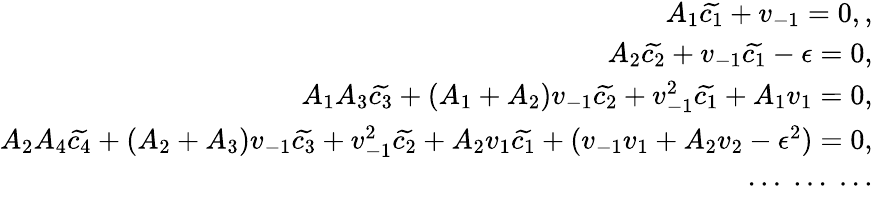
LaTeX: \begin{array}{r}{A_{1}\widetilde{c_{1}}+v_{-1}=0,,}\\ {A_{2}\widetilde{c_{2}}+v_{-1}\widetilde{c_{1}}-\epsilon=0,}\\ {A_{1}A_{3}\widetilde{c_{3}}+(A_{1}+A_{2})v_{-1}\widetilde{c_{2}}+v_{-1}^{2}\widetilde{c_{1}}+A_{1}v_{1}=0,}\\ {A_{2}A_{4}\widetilde{c_{4}}+(A_{2}+A_{3})v_{-1}\widetilde{c_{3}}+v_{-1}^{2}\widetilde{c_{2}}+A_{2}v_{1}\widetilde{c_{1}}+(v_{-1}v_{1}+A_{2}v_{2}-\epsilon^{2})=0,}\\ {\cdots\; \cdots\; \cdots}\end{array}